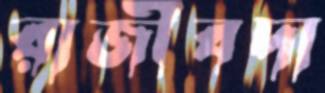
রাজীবদা